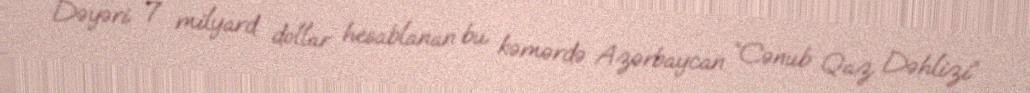
Dəyəri 7 milyard dollar hesablanan bu kəmərdə Azərbaycan “Cənub Qaz Dəhlizi”